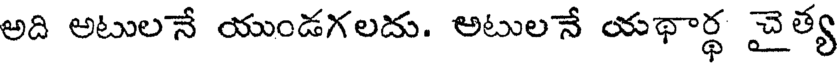
అది అటులనే యుండగలదు. అటులనే యథార్థ చైత్య